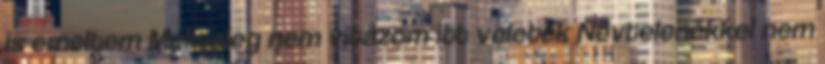
is emeltem Mellesleg nem vitázom itt veletek Névtelenekkel nem